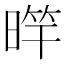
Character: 𣈨